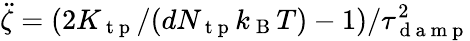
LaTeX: \ddot{\zeta}=(2K_{\mathrm{~t~p~}}/(dN_{\mathrm{~t~p~}}k_{\mathrm{~B~}}T)-1)/\tau_{\mathrm{~d~a~m~p~}}^{2}